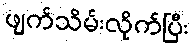
ဖျက်သိမ်းလိုက်ပြီး